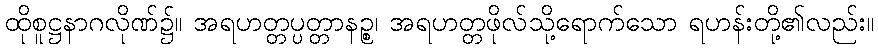
ထိုစူဋ္ဌနာဂလိုဏ်၌။ အရဟတ္တပ္ပတ္တာနဉ္စ၊ အရဟတ္တဖိုလ်သို့ရောက်သော ရဟန်းတို့၏လည်း။